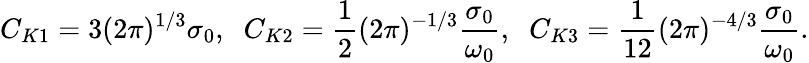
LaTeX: C_{K1}=3(2\pi)^{1/3}\sigma_{0},\; \; C_{K2}=\frac{1}{2}(2\pi)^{-1/3}\frac{\sigma_{0}}{\omega_{0}},\; \; C_{K3}=\frac{1}{12}(2\pi)^{-4/3}\frac{\sigma_{0}}{\omega_{0}}.